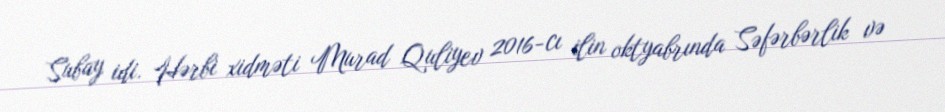
Subay idi. Hərbi xidməti Murad Quliyev 2016-cı ilin oktyabrında Səfərbərlik və